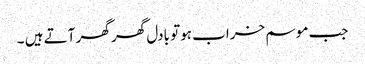
جب موسم خراب ہوتو بادل گھر گھر آتے ہیں ۔